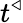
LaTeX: t^{\triangleleft}